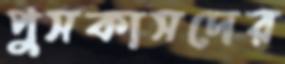
পুসকাসদের